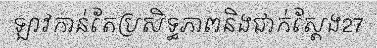
ឡាវកាន់តែប្រសិទ្ធភាពនិងជាក់ស្តែង27